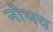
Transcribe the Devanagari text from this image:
नौभव